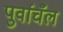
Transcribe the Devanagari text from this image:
पुर्वाचँल